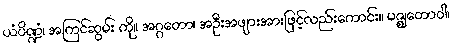
ယံပိဏ္ဍံ၊ အကြင်ဆွမ်း ကို။ အဂ္ဂတော၊ အဦးအဖျားအားဖြင့်လည်းကောင်း။ မဇ္ဈတောဝါ၊